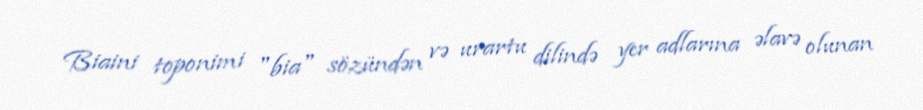
Biaini toponimi "bia" sözündən və urartu dilində yer adlarına əlavə olunan